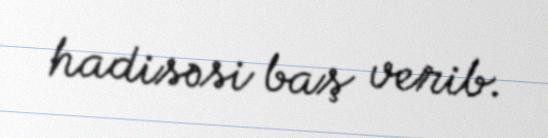
hadisəsi baş verib.